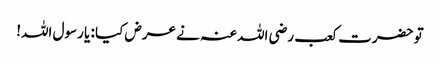
تو حضرت کعب رضی اللہ عنہ نے عرض کیا : یا رسول اللہ!